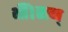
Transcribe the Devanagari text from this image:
थीं।सन्